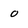
Character: 0